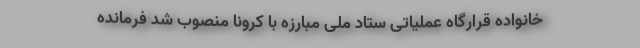
خانواده قرارگاه عملیاتی ستاد ملی مبارزه با کرونا منصوب شد فرمانده